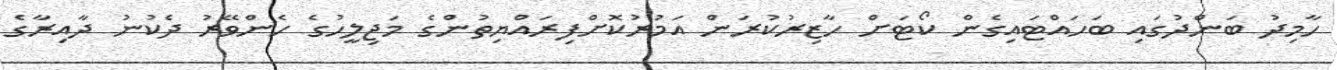
ހާމިދު ބަންދުގައި ބަހައްޓައިގެން ކޯޓަށް ހާޒިރުކުރަން އަމުރުކޮށްފިރައްޔިތުންގެ މަޖިލީހުގެ ހެންވޭރު ދެކުނު ދާއިރާގެ